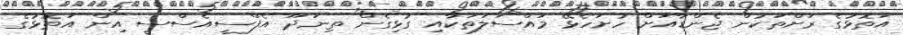
އަތޮޅުގެ ރަށްތަކުން ޖެންޑާއަށް ހުށަހެޅޭ މައްސަލަތަކާއި ގުޅިގެން ތިނަދޫ އެފްސީއެސްސީ އިން އަތޮޅުގެ